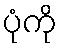
ပုံကို